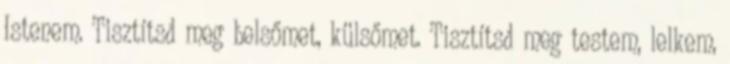
Istenem. Tisztítsd meg belsőmet, külsőmet. Tisztítsd meg testem, lelkem,